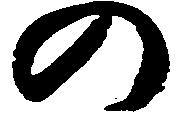
の